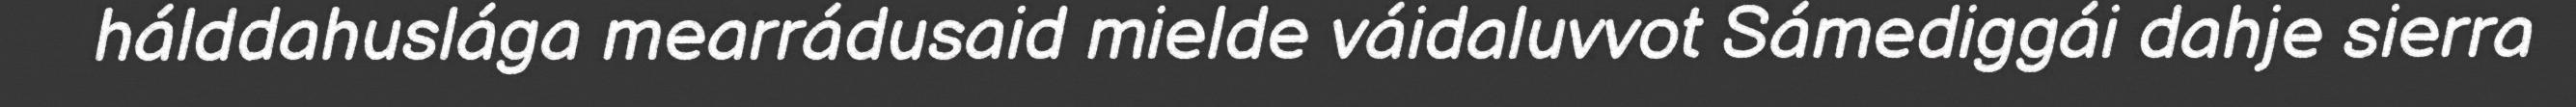
hálddahuslága mearrádusaid mielde váidaluvvot Sámediggái dahje sierra